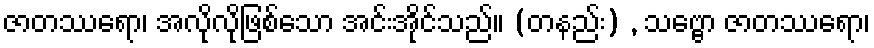
ဇာတဿရော၊ အလိုလိုဖြစ်သော အင်းအိုင်သည်။ (တနည်း) , သဗ္ဗော ဇာတဿရော၊